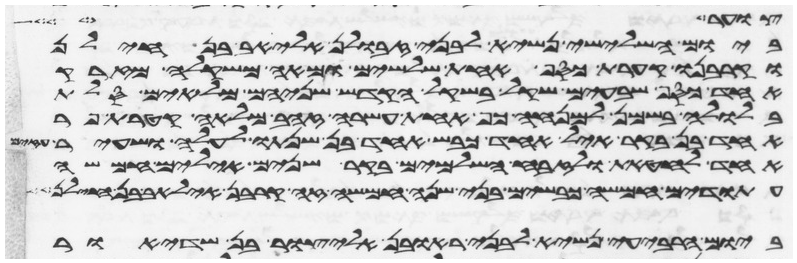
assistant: צוער ועל
ביום השלישי נשיא לבני זבולן אליאב בן חילן
וקרבנו קערת כסף אחת שלשים ומאה משקלה מזרק
אחד כסף שבעים שקל בשקל הקדש שניהם מלאים סלת
בלולה בשמן למנחה כף אחת עשרה זהב מלאה קטרת פר
אחד בן בקר איל אחד כבש אחד בן שנתו לעלה ושעיר
אחד לחטאת ולזבח השלמים בקר שנים אילים חמשה
עתודים חמשה כבשים בני שנה חמשה זה קרבן אליאב בן
ביום הרביעי נשיא לבני ראובן אליצור בן שדיאור